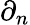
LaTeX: \partial_{n}